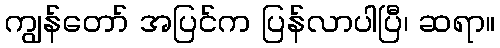
ကျွန်တော် အပြင်က ပြန်လာပါပြီ၊ ဆရာ။